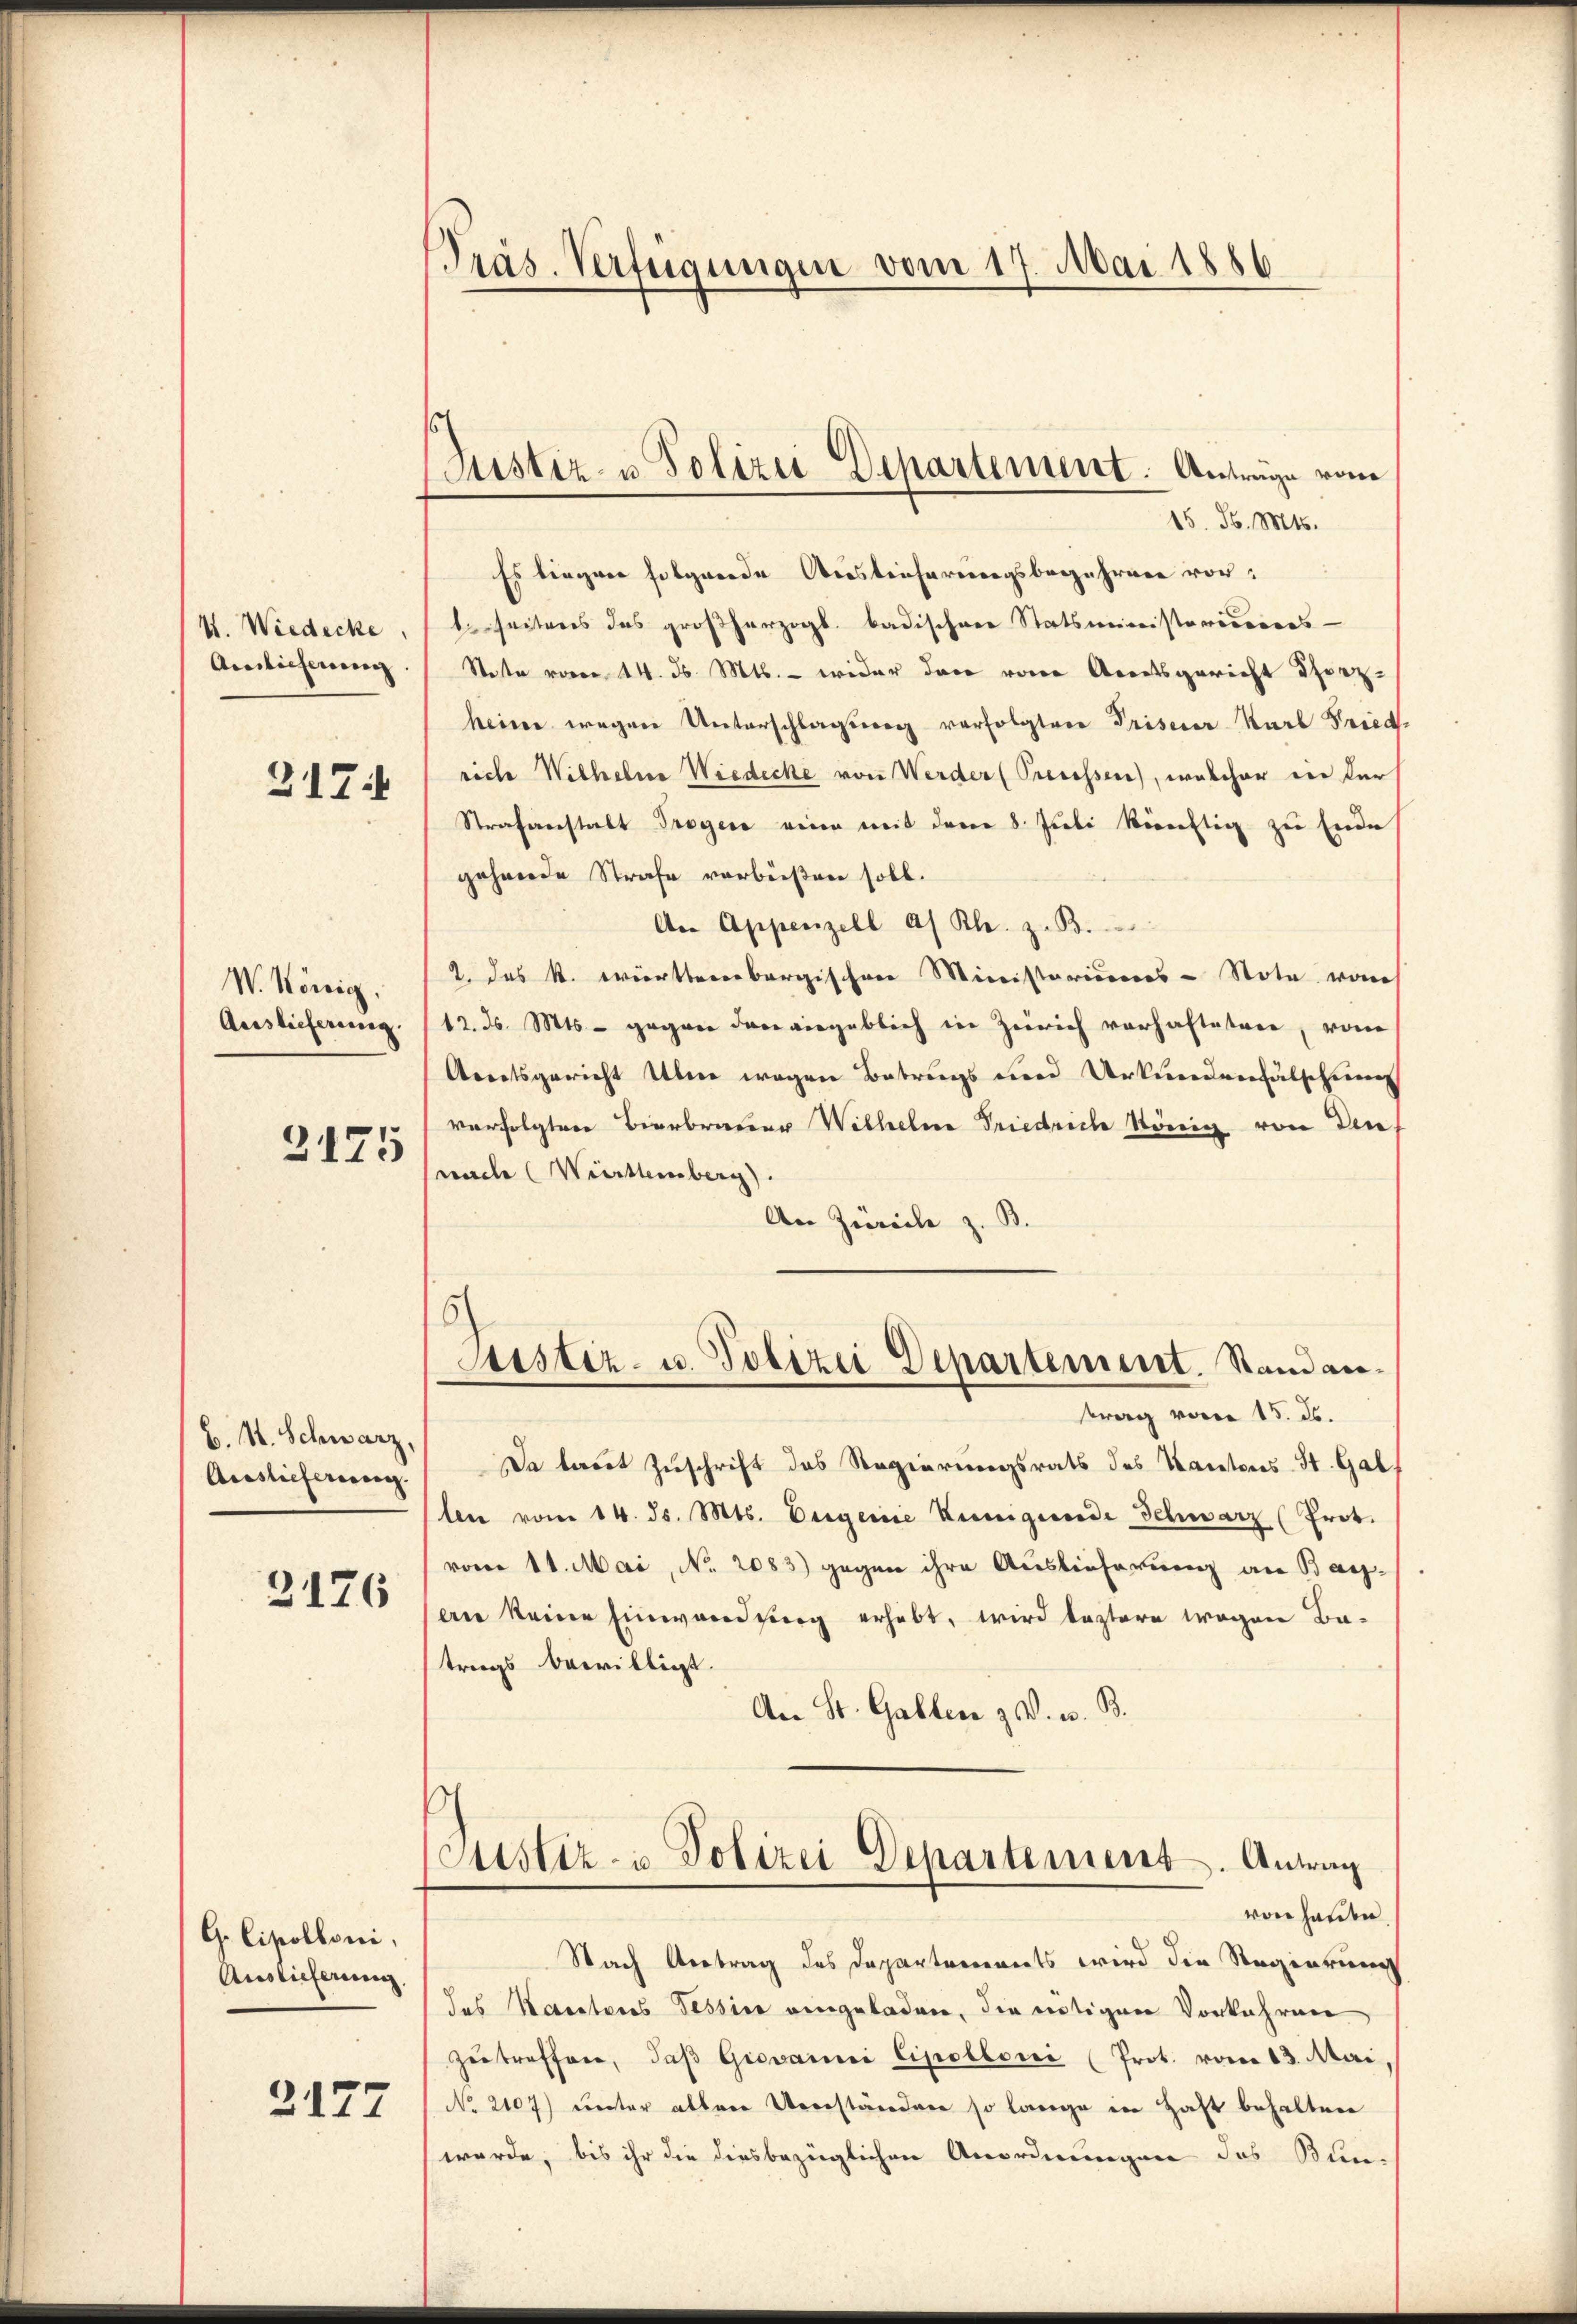
VI. Wiedecke
Auslicherung
317.

W. König.
Auslieferung.

2175

B. H. Schwarz,
Auslieferung.
2176

G. Cipolloni,
Auslieferung.

2177

Präs. Verfügungen vom 17. Mai 1886

Justiz- u Polizei Departement. Anträge vom

15. d. Mts.
Es liegen folgende Aesteicherungsbegehren vor:
1 seitens das großherzogl. badischen Statsministoriserers
Stette vom 14. d. Mts. — wider dann von Arratsgericht Thorzheiner wegen Unterschlagsweg verfolgtere Priserer Karl Fried
riche Wilhelne Wiedecke von Werder (Preissen, welcher in der
Strafanstalt Troger einen mit den 8. Juli künftig zu Ende
gehende Strafe verbüßen soll.
An Appenzell a/ Kl. z. B.
2. das K. Württembergischer Ministeriorers - Stote von
12. ds. Mts. - gegen den vergeblich in Zürich vorhafteten, vom
Amtsgericht Uhr wegen Betrugs und Urkundenfälschung
verfolgter Bierbrauer Wilhelm Friedrich König von Den
wache Württemberg.
An Zürich z. B.
5
Astiz- u. Polizei Departement. Stand antrag von 15. ds.
Da laut Zuschrift des Regierungsrats des Kantons St. Gallen vom 14. ds. Mts. beigene Kunigende Schwarz (Prot.
vom 11. Mai, No. 2083) gegen ihre Auslieferung an Barern keine Einwandberg erhebt, wird leztere wegen Batrags bewilligt.
An St. Gallen z. v. u. B.
¬
Stistiz- u Polizei Departement. Antrag
von Handen
Nach Vertrag des Departements wird die Regierung
das Katasteres Tessine eingeladen, die mutigen Vorkehren
zutreffen, daβ Giovanni Cipollone (Prot. vom 13. Mai
No 2107) unter aller Überständen so lange in Haft behalten
werde, bis ihr die diesbezüglichen Anordnungen das Bun-